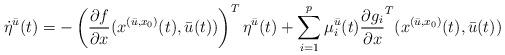
LaTeX: \begin{align*}\dot{\eta}^{\bar{u}}(t)= - \left( \frac{\partial f}{\partial x}(x^{(\bar{u},x_{0})}(t),\bar{u}(t))\right)^T\eta^{\bar{u}}(t) + \sum_{i=1}^p \mu^{\bar{u}}_i(t)\frac{\partial g_i}{\partial x}^T(x^{(\bar{u},x_{0})}(t),\bar{u}(t))\end{align*}